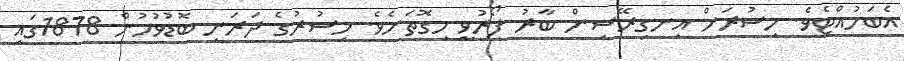
އެބަހުއްޓެވެ. މިސުރަށް އިނގިރޭސިން ބާރު ފޯރުވީ މިގޮތަށެވެ. މިސުރުގެ ދަރަނި ބޮޑުވުމުން 1878ގައި